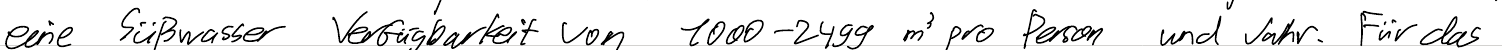
eine Süßwasser Verfügbarkeit von 1000-2499 m^3 pro Person und Jahr. Für das